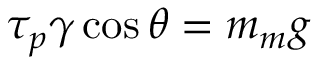
\tau _ { p } \gamma \cos \theta = m _ { m } g